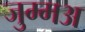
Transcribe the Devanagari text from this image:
जुम्मअ